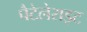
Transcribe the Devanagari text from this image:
पैटेलेराइट